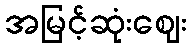
အမြင့်ဆုံးဈေး